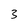
Character: 3